Report of the Imperial Institute of Veterinary Research, Muktesar
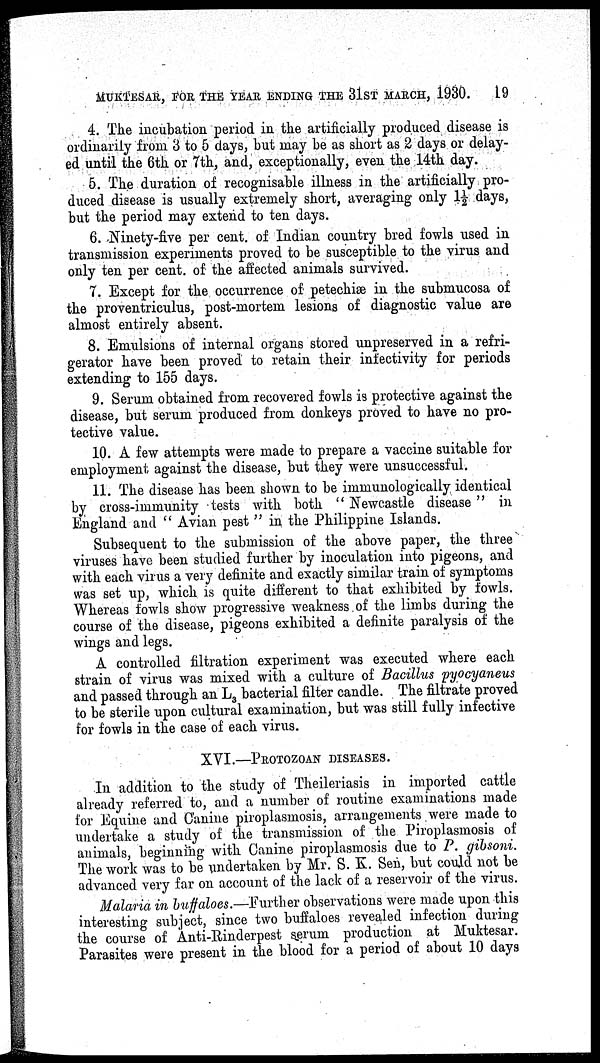
MUKTESAR, FOR THE YEAR ENDING THE 31ST MARCH, 1930.
19
4. The incubation period in the artificially produced disease is
ordinarily from 3 to 5 days, but may be as short as 2 days or delay-
ed until the 6th or 7th, and, exceptionally, even the 14th day.
5. The duration of recognisable illness in the artificially pro-
duced disease is usually extremely short, averaging only 1½ days,
but the period may extend to ten days.
6. Ninety-five per cent. of Indian country bred fowls used in
transmission experiments proved to be susceptible to the virus and
only ten per cent. of the affected animals survived.
7. Except for the occurrence of petechiæ in the submucosa of
the proventriculus, post-mortem lesions of diagnostic value are
almost entirely absent.
8. Emulsions of internal organs stored unpreserved in a refri-
gerator have been proved to retain their infectivity for periods
extending to 155 days.
9. Serum obtained from recovered fowls is protective against the
disease, but serum produced from donkeys proved to have no pro-
tective value.
10. A few attempts were made to prepare a vaccine suitable for
employment against the disease, but they were unsuccessful.
11. The disease has been shown to be immunologically identical
by cross-immunity tests with both " Newcastle disease" in
England and " Avian pest " in the Philippine Islands.
Subsequent to the submission of the above paper, the three
viruses have been studied further by inoculation into pigeons, and
with each virus a very definite and exactly similar train of symptoms
was set up, which is quite different to that exhibited by fowls.
Whereas fowls show progressive weakness of the limbs during the
course of the disease, pigeons exhibited a definite paralysis of the
wings and legs.
A controlled filtration experiment was executed where each
strain of virus was mixed with a culture of Bacillus pyocyaneus
and passed through an L 3 bacterial filter candle. The filtrate proved
to be sterile upon cultural examination, but was still fully infective
for fowls in the case of each virus.
XVI.—PROTOZOAN DISEASES.
In addition to the study of Theileriasis in imported cattle
already referred to, and a number of routine examinations made
for Equine and Canine piroplasmosis, arrangements were made to
undertake a study of the transmission of the Piroplasmosis of
animals, beginning with Canine piroplasmosis due to P. gibsoni.
The work was to be undertaken by Mr. S. K. Sen, but could not be
advanced very far on account of the lack of a reservoir of the virus.
Malaria in buffaloes.—Further observations were made upon this
interesting subject, since two buffaloes revealed infection during
the course of Anti-Rinderpest serum production at Muktesar.
Parasites were present in the blood for a period of about 10 days